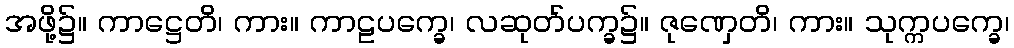
အဖို့၌။ ကာဋ္ဌေတိ၊ ကား။ ကာဠပက္ခေ၊ လဆုတ်ပက္ခ၌။ ဇုဏှေတိ၊ ကား။ သုက္ကပက္ခေ၊